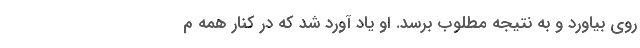
روی بیاورد و به نتیجه مطلوب برسد. او یاد آورد شد که در کنار همه م